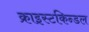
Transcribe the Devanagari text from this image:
क्राइस्टकिन्डल